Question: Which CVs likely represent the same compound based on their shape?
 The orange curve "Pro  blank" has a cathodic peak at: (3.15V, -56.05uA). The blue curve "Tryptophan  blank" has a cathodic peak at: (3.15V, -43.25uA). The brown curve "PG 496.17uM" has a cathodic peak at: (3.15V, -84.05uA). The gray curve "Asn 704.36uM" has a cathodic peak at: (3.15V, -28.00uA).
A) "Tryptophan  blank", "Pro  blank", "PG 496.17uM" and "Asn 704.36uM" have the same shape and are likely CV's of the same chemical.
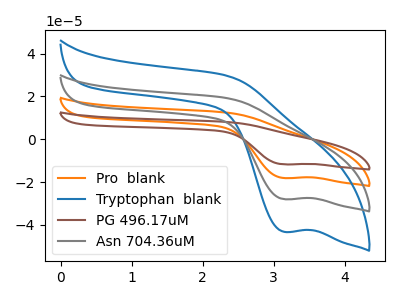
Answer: <think>All the peaks in "Pro  blank" have a peak in "Tryptophan  blank" at the same potential. Every peak in "Pro  blank" is higher than every peak in "Tryptophan  blank". All the peaks in "Pro  blank" have a peak in "PG 496.17uM" at the same potential. Every peak in "Pro  blank" is lower than every peak in "PG 496.17uM". All the peaks in "Pro  blank" have a peak in "Asn 704.36uM" at the same potential. Every peak in "Pro  blank" is higher than every peak in "Asn 704.36uM". All the peaks in "Tryptophan  blank" have a peak in "PG 496.17uM" at the same potential. Every peak in "Tryptophan  blank" is lower than every peak in "PG 496.17uM". All the peaks in "Tryptophan  blank" have a peak in "Asn 704.36uM" at the same potential. Every peak in "Tryptophan  blank" is higher than every peak in "Asn 704.36uM". All the peaks in "PG 496.17uM" have a peak in "Asn 704.36uM" at the same potential. Every peak in "PG 496.17uM" is higher than every peak in "Asn 704.36uM".
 </think>
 <answer>A) "Tryptophan  blank", "Pro  blank", "PG 496.17uM" and "Asn 704.36uM" have the same shape and are likely CV's of the same chemical.</answer>
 <eval>A</eval>